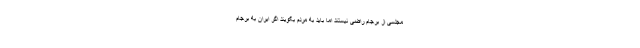
مجلسی از برجام راضی نیستند اما باید به مردم بگویند اگر ایران به برجام